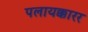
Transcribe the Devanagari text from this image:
पलायक्कारर